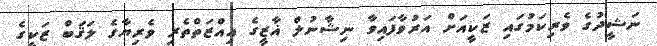
ނަޝީދުގެ ވެރިކަމުގައި ޒަކީއަށް އަރުވާފައިވާ ނިޝާނުލް ޣާޒީގެ އިއްޒަތްތެރި ވެރިޔާގެ ލަޤަބް ޒަކީގެ